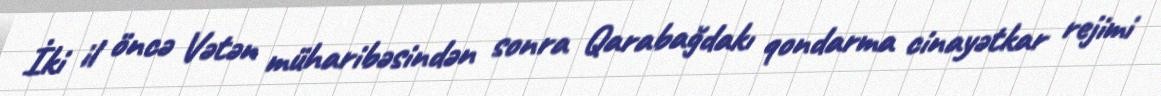
İki il öncə Vətən müharibəsindən sonra Qarabağdakı qondarma cinayətkar rejimi